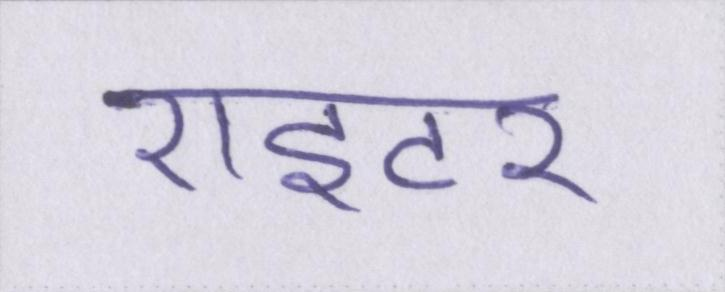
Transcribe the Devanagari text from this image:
राइटर